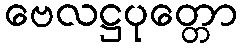
ဗေလဋ္ဌပုတ္တော